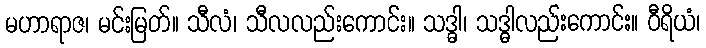
မဟာရာဇ၊ မင်းမြတ်။ သီလံ၊ သီလလည်းကောင်း။ သဒ္ဓါ၊ သဒ္ဓါလည်းကောင်း။ ဝီရိယံ၊